Annual report of the Punjab Veterinary College and of the Civil Veterinary Department, Punjab - 1894-1908
Year: 1894
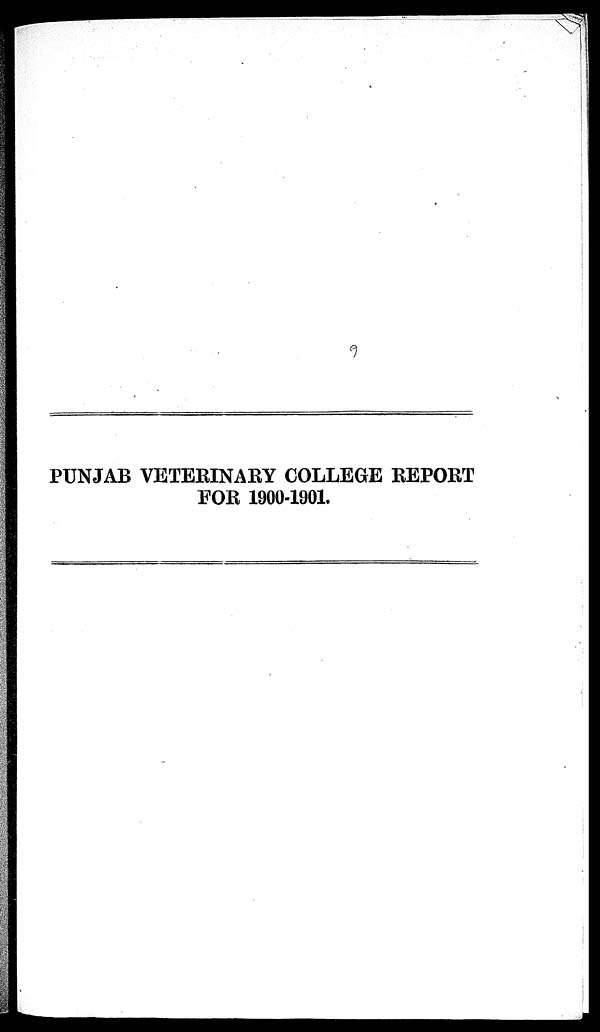
PUNJAB VETERINARY COLLEGE REPORT
FOR 1900-1901.